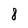
Character: 8